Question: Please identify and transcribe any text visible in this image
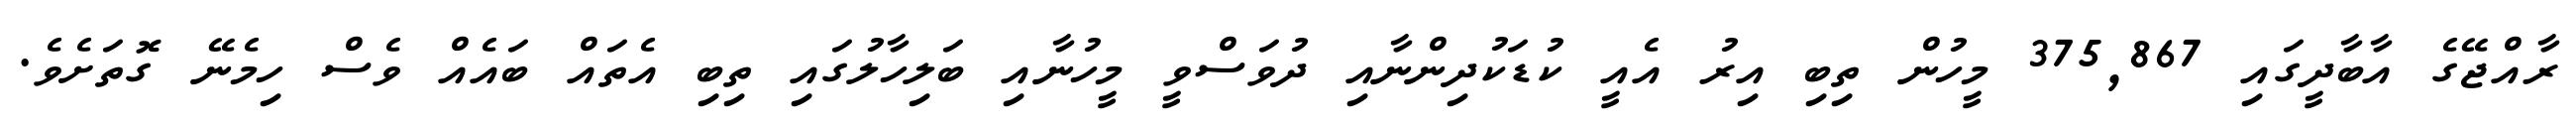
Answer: ރާއްޖޭގެ އާބާދީގައި 375,867 މީހުން ތިބި އިރު އެއީ ކުޑަކުދިންނާއި ދުވަސްވީ މީހުނާއި ބަލިހާލުގައި ތިބި އެތައް ބައެއް ވެސް ހިމެނޭ ގޮތަށެވެ.